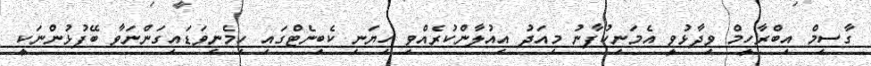
ގާސިމް އިބްރާހީމް ވިދާޅުވީ އެމަނިކުފާނު މިއަދު އިއުލާންކުރެއްވި ހިޔަނި ކެބިނެޓްގައި ހިމެނިވަޑައިގަންނަވާ ބޭފުޅުންނަކީ